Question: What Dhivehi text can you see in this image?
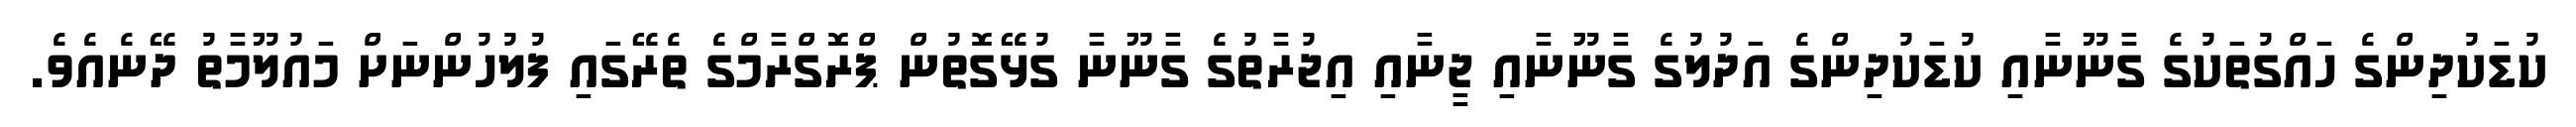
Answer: ކުޑަކުދިންގެ ހައްގުތަކުގެ ގާނޫނާއި ކުޑަކުދިންގެ އަދުލުގެ ގާނޫނާއި ޖީނާއި އިޖުރާތުގެ ގާނޫނާ ގުޅޭގޮތުން ޕްރޮގްރާމްގެ ތެރޭގައި ފުލުހުންނަށް މައުލޫމާތު ދޭނެއެވެ.